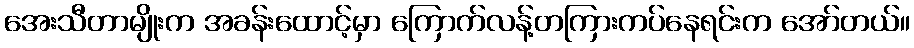
အေးသီတာမျိုးက အခန်းထောင့်မှာ ကြောက်လန့်တကြားကပ်နေရင်းက အော်တယ်။